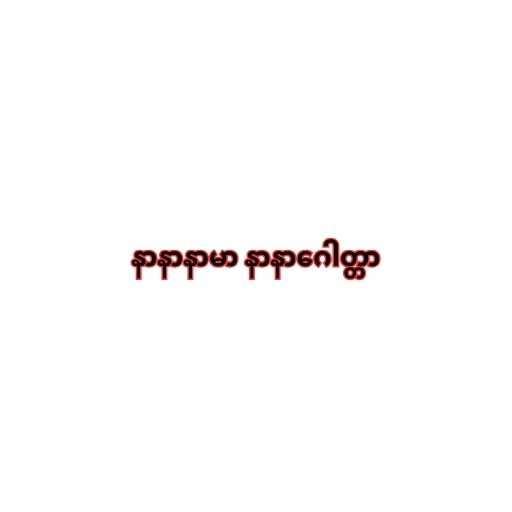
နာနာနာမာ နာနာဂေါတ္တာ